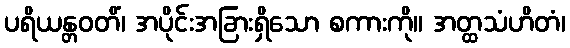
ပရိယန္တဝတိံ၊ အပိုင်းအခြားရှိသော စကားကို။ အတ္ထသံဟိတံ၊